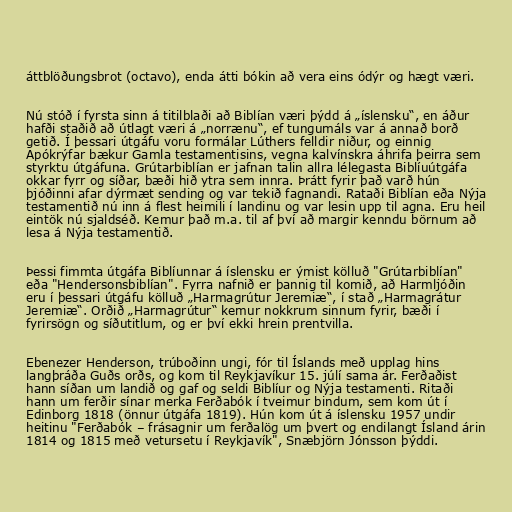
áttblöðungsbrot (octavo), enda átti bókin að vera eins ódýr og hægt væri.

Nú stóð í fyrsta sinn á titilblaði að Biblían væri þýdd á „íslensku“, en áður
hafði staðið að útlagt væri á „norrænu“, ef tungumáls var á annað borð
getið. Í þessari útgáfu voru formálar Lúthers felldir niður, og einnig
Apókrýfar bækur Gamla testamentisins, vegna kalvínskra áhrifa þeirra sem
styrktu útgáfuna. Grútarbiblían er jafnan talin allra lélegasta Biblíuútgáfa
okkar fyrr og síðar, bæði hið ytra sem innra. Þrátt fyrir það varð hún
þjóðinni afar dýrmæt sending og var tekið fagnandi. Rataði Biblían eða Nýja
testamentið nú inn á flest heimili í landinu og var lesin upp til agna. Eru heil
eintök nú sjaldséð. Kemur það m.a. til af því að margir kenndu börnum að
lesa á Nýja testamentið.

Þessi fimmta útgáfa Biblíunnar á íslensku er ýmist kölluð "Grútarbiblían"
eða "Hendersonsbiblían". Fyrra nafnið er þannig til komið, að Harmljóðin
eru í þessari útgáfu kölluð „Harmagrútur Jeremiæ“, í stað „Harmagrátur
Jeremiæ“. Orðið „Harmagrútur“ kemur nokkrum sinnum fyrir, bæði í
fyrirsögn og síðutitlum, og er því ekki hrein prentvilla.

Ebenezer Henderson, trúboðinn ungi, fór til Íslands með upplag hins
langþráða Guðs orðs, og kom til Reykjavíkur 15. júlí sama ár. Ferðaðist
hann síðan um landið og gaf og seldi Biblíur og Nýja testamenti. Ritaði
hann um ferðir sínar merka Ferðabók í tveimur bindum, sem kom út í
Edinborg 1818 (önnur útgáfa 1819). Hún kom út á íslensku 1957 undir
heitinu "Ferðabók – frásagnir um ferðalög um þvert og endilangt Ísland árin
1814 og 1815 með vetursetu í Reykjavík", Snæbjörn Jónsson þýddi.